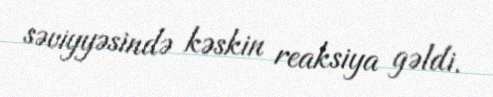
səviyyəsində kəskin reaksiya gəldi.